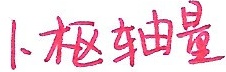
1. 枢轴量